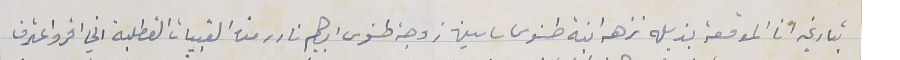
بتاريخه انا الموقعة بذيله نزهه ابنة طنوس ساسين زوجة طنوس ابراهيم نادر من القبيات القطلبة اني اقر واعترف